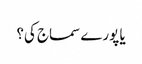
یا پورے سماج کی؟